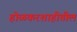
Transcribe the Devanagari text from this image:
होळकरशाहीतील